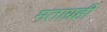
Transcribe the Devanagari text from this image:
मताग्रही